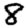
Digit: 8